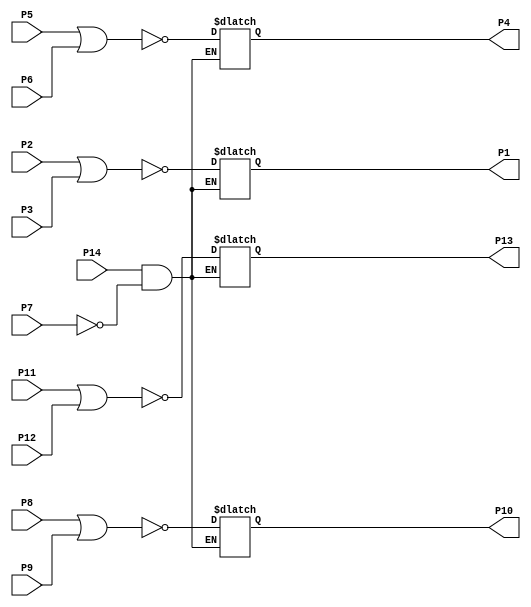
module sn7402 (P1, P2, P3, P4, P5, P6, P7, P8, P9, P10, P11, P12, P13, P14); 

   output reg P1, P4, P10, P13;
   input P2, P3, P5, P6, P8, P9, P11, P12, P7, P14;

   always @(P2, P3, P7, P14) begin

      if ((P14 == 1'b 1) && (P7 == 1'b 0)) begin
         P1 = ~(P2 | P3);
      end  
   end

   always @(P5, P6, P7, P14) begin

      if ((P14 == 1'b 1) && (P7 == 1'b 0)) begin
         P4 = ~(P5 | P6);
      end  
   end

   always @(P8, P9, P7, P14) begin

      if ((P14 == 1'b 1) && (P7 == 1'b 0)) begin
         P10 = ~(P8 | P9);
      end  
   end

   always @(P11, P12, P7, P14) begin

      if ((P14 == 1'b 1) && (P7 == 1'b 0)) begin
         P13 = ~(P11 | P12);
      end  
   end

endmodule